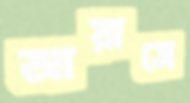
আয়াসে